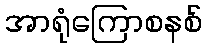
အာရုံကြောစနစ်